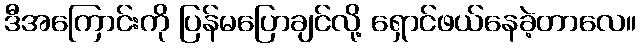
ဒီအကြောင်းကို ပြန်မပြောချင်လို့ ရှောင်ဖယ်နေခဲ့တာလေ။